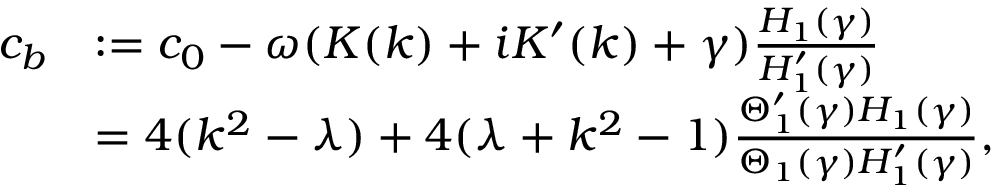
\begin{array} { r l } { c _ { b } } & { : = c _ { 0 } - \omega ( K ( k ) + i K ^ { \prime } ( k ) + \gamma ) \frac { H _ { 1 } ( \gamma ) } { H _ { 1 } ^ { \prime } ( \gamma ) } } \\ & { = 4 ( k ^ { 2 } - \lambda ) + 4 ( \lambda + k ^ { 2 } - 1 ) \frac { \Theta _ { 1 } ^ { \prime } ( \gamma ) H _ { 1 } ( \gamma ) } { \Theta _ { 1 } ( \gamma ) H _ { 1 } ^ { \prime } ( \gamma ) } , } \end{array}